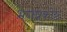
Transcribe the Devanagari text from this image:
भगप्रकोष्ठ